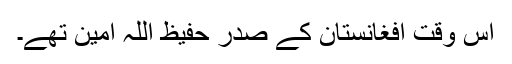
اس وقت افغانستان کے صدر حفیظ اللہ امین تھے۔